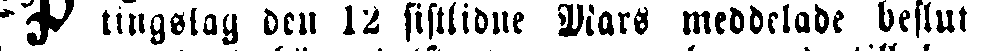
P tingslag den 12 sistlidne Mars meddelade beslut